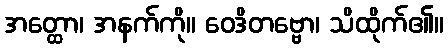
အတ္ထော၊ အနက်ကို။ ဝေဒိတဗ္ဗော၊ သိထိုက်၏။